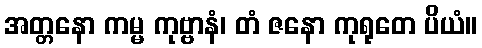
အတ္တနော ကမ္မ ကုဗ္ဗာနံ၊ တံ ဇနော ကုရုတေ ပိယံ။